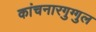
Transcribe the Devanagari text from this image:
कांचनारगुग्गुल